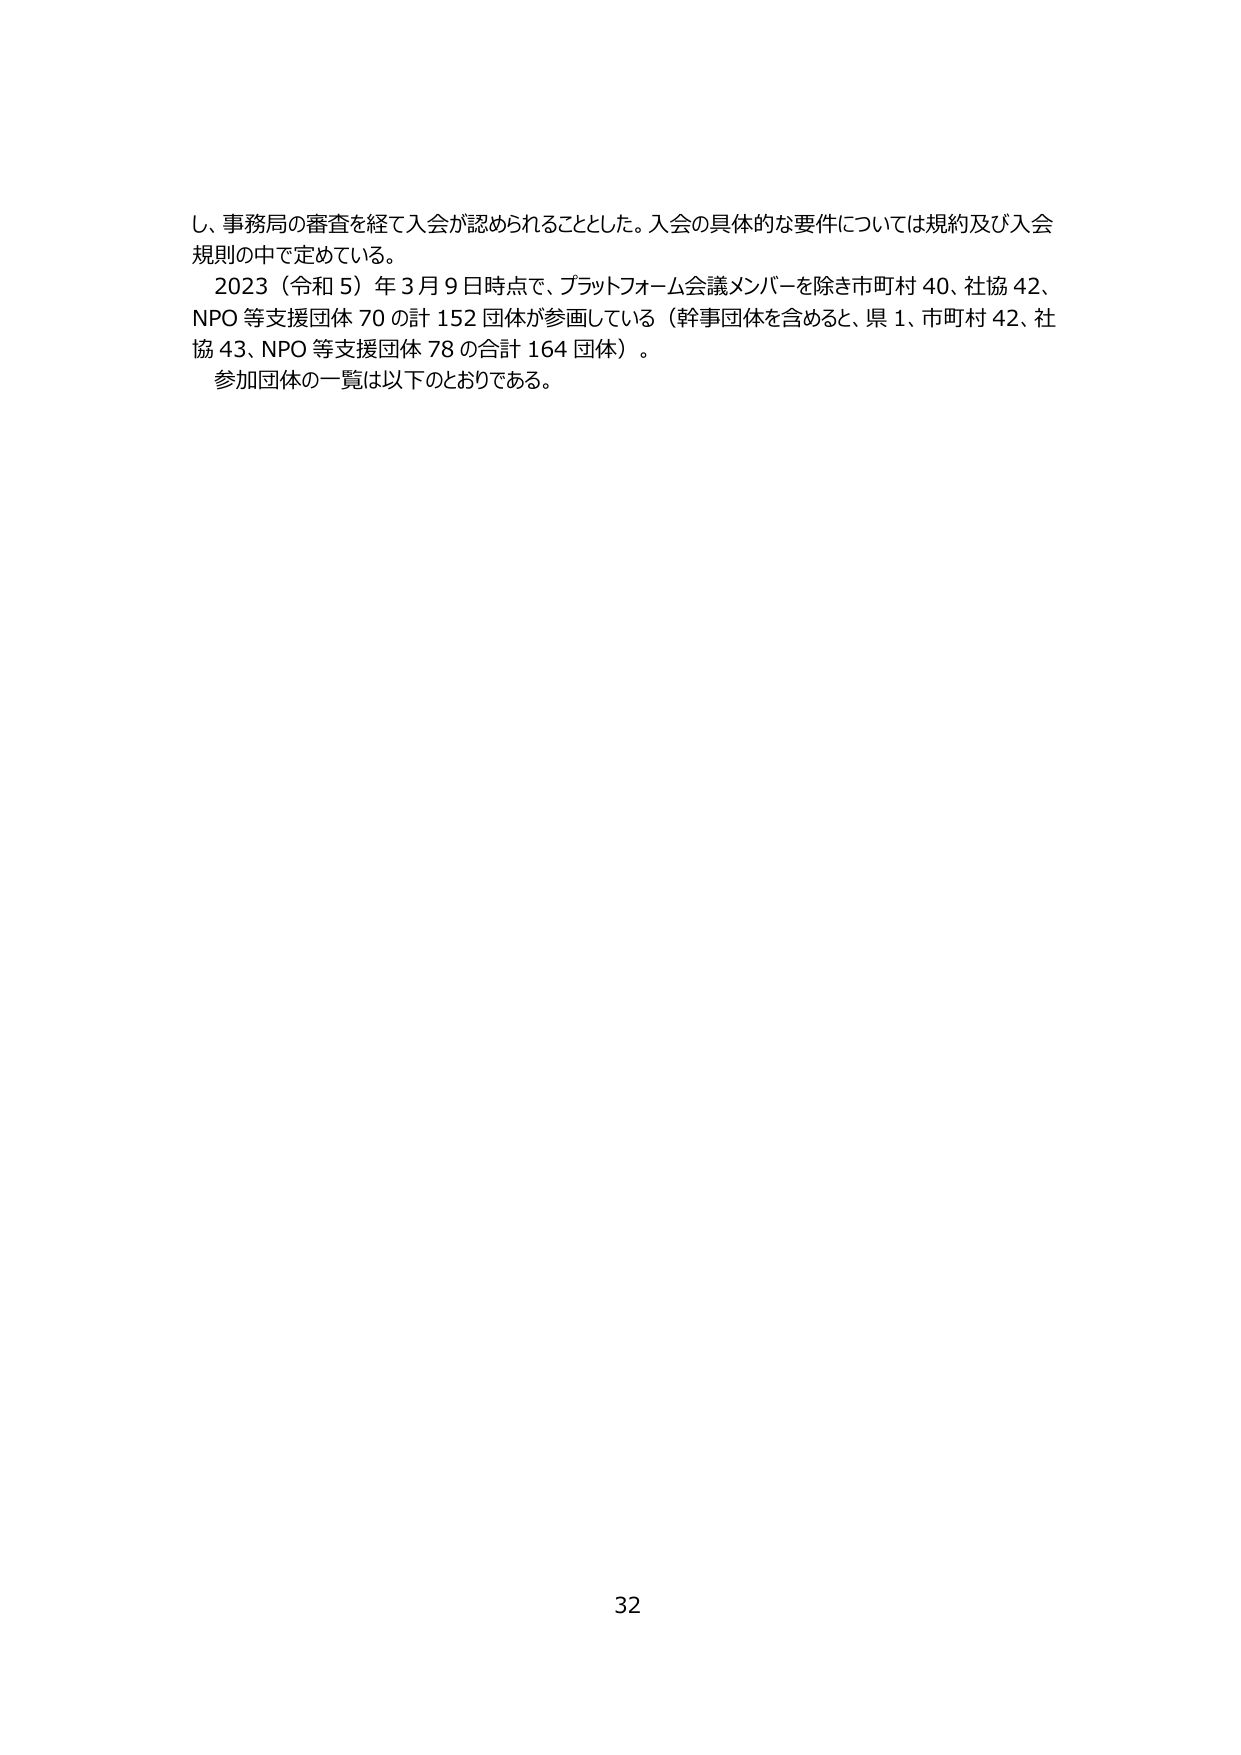
し、事務局の審査を経て入会が認められることとした。入会の具体的な要件については規約及び入会規則の中で定めている。

2023（令和5）年3月9日時点で、プラットフォーム会議メンバーを除き市町村40、社協42、NPO等支援団体70の計152団体が参画している（幹事団体を含めると、県1、市町村42、社協43、NPO等支援団体78の合計164団体）。

参加団体の一覧は以下のとおりである。

32